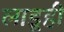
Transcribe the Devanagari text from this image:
लाडूही